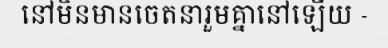
នៅមិនមានចេតនារួមគ្នានៅឡើយ -